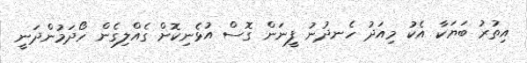
އިތުރު ބަޔަކާ އެކު މިއަދު ހެނދުނު ފީނަން ގޮސް އުޅެނިކޮށް ގެއްލިގެން ހޯދަމުންދަނީ